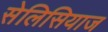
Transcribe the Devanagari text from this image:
सेलिसियाज